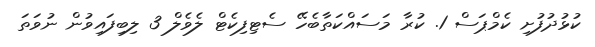
ކުޅުދުފުށި ކެމްޕަސް 1. ކުރާ މަސައްކަތާބެހޭ ސެޓިފިކެޓް ލެވެލް 3 ލިބިފައިވުން ނުވަތަ